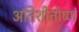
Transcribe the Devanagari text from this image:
अतिशीतोष्ण